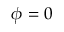
\phi = 0